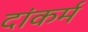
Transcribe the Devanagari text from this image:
दांकर्म